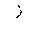
Letter: _zay